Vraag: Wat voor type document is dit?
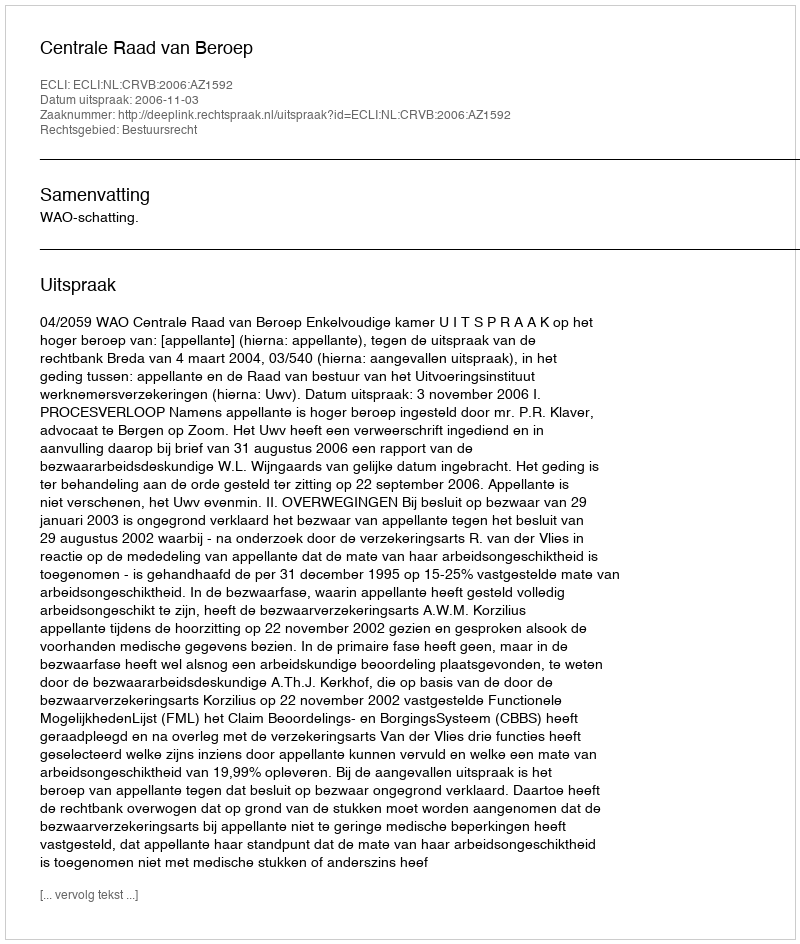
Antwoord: Uitspraak